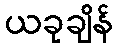
ယခုချိန်